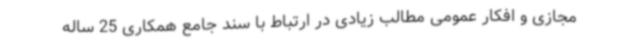
مجازی و افکار عمومی مطالب زیادی در ارتباط با سند جامع همکاری 25 ساله